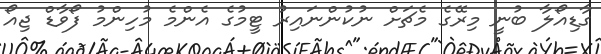
ގާޑިއޯލާ ބުނީ މިރޭގެ މެޗަށް ނުކުންނައިރު ޓީމުގެ އެންމެ މުހިންމު ފޯވާޑް ޖިއޯ